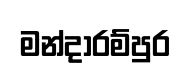
මන්දාරම්පුර